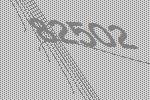
82502